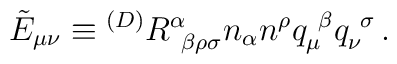
\tilde{E}_{\mu\nu} \equiv {}^{(D)}R^\alpha_{~\beta\rho\sigma}n_\alpha n^\rho q_\mu^{~\beta} q_\nu^{~\sigma} \,.